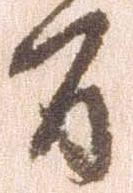
間